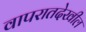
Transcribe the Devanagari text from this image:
वापरातदेखील